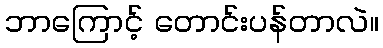
ဘာကြောင့် တောင်းပန်တာလဲ။